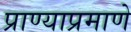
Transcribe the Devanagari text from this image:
प्राण्याप्रमाणे